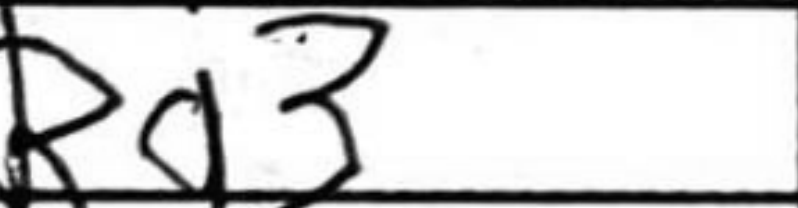
Transcription: Bg3